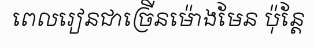
ពេលរៀនជាច្រើនម៉ោងមែន ប៉ុន្តែ